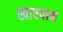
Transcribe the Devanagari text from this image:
खारपान